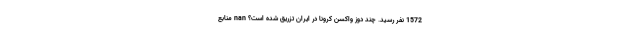
1572 نفر رسید. چند دوز واکسن کرونا در ایران تزریق شده است؟ nan منابع